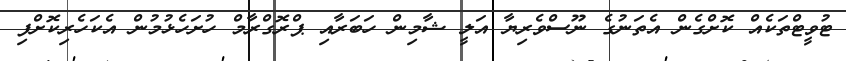
ޓުވީޓްތަކެއް ކޮށްގެން އެތަނުގެ ނޫސްވެރިޔާ އަލީ ޝާމިން ހަބަރާއި ޕްރޮގްރާމް ހުށަހެޅުމުން އެކަހެރިކޮށްފި